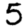
Digit: 5